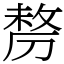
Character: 剺